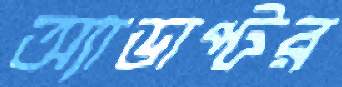
অ্যাডাপ্টর